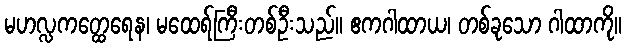
မဟလ္လကတ္ထေရေန၊ မထေရ်ကြီးတစ်ဦးသည်။ ဧကဂါထာယ၊ တစ်ခုသော ဂါထာကို။